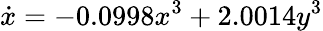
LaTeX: \dot{x}=-0.0998x^{3}+2.0014y^{3}